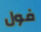
فول